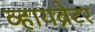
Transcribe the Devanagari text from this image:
व्हायब्रेटर